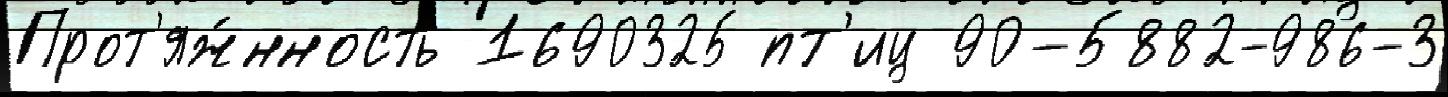
Прот'яж́нность 1690325 пт'иц 90-5882-986-3